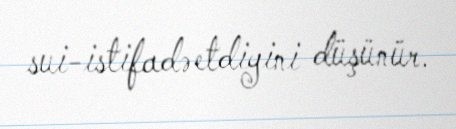
sui-istifadə etdiyini düşünür.